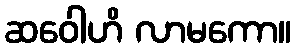
ဆဝေါဟိ လာမကော။